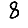
Digit: 8